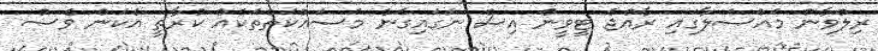
ރިލްވާން މައްސަލާގައި ރާއްޖެ ޓީވީން އިސް ނަގައިގެން މަސައްކަތްތަކެއް ކުރާތީ އެކަން ވެސް